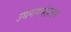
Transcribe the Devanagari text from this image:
उधगममंडलम